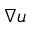
\nabla \boldsymbol u